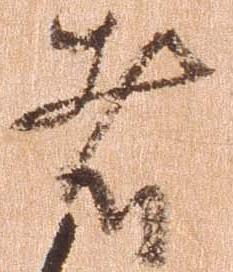
者